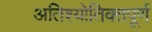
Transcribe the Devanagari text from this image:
अतिश्योतिक्तपूर्ण